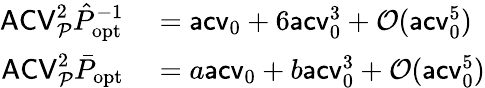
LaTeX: \begin{array}{rl}{\mathsf{ACV}_{\mathcal P}^{2}\hat{P}_{\mathrm{opt}}^{-1}}&{{}=\mathsf{acv}_{0}+6\mathsf{acv}_{0}^{3}+\mathcal O(\mathsf{acv}_{0}^{5})}\\ {\mathsf{ACV}_{\mathcal P}^{2}\bar{P}_{\mathrm{opt}}}&{{}=a\mathsf{acv}_{0}+b\mathsf{acv}_{0}^{3}+\mathcal O(\mathsf{acv}_{0}^{5})}\end{array}